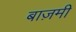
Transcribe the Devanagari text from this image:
बाज़मी